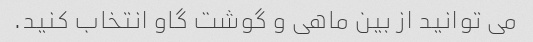
می توانید از بین ماهی و گوشت گاو انتخاب کنید.